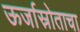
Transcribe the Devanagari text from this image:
ऊर्जास्रोताचा